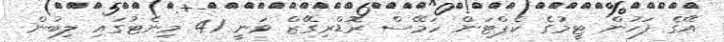
އޭގެ ފަހުން ޓީމުގެ ކެޕްޓަން ހަމޭސް ރޮޑްރިގޭޒް ވަނީ 41 މިނެޓުގައި ލިބުން